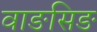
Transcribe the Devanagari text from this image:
वाङसिङ